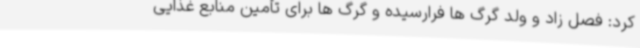
کرد: فصل زاد و ولد گرگ ها فرارسیده و گرگ ها برای تأمین منابع غذایی